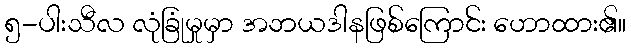
၅-ပါးသီလ လုံခြုံမှုမှာ အဘယဒါနဖြစ်ကြောင်း ဟောထား၏။